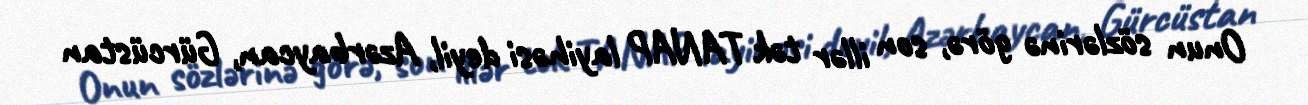
Onun sözlərinə görə, son illər tək TANAP layihəsi deyil, Azərbaycan, Gürcüstan